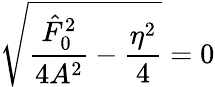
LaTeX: \sqrt{\frac{\hat{F}_{0}^{2}}{4A^{2}}-\frac{\eta^{2}}{4}}=0